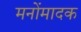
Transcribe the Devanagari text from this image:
मनोंमादक